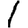
Digit: 1